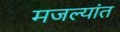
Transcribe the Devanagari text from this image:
मजल्यांत